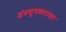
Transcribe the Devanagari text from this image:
अंधकूपकारागार